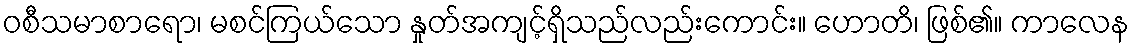
ဝစီသမာစာရော၊ မစင်ကြယ်သော နှုတ်အကျင့်ရှိသည်လည်းကောင်း။ ဟောတိ၊ ဖြစ်၏။ ကာလေန